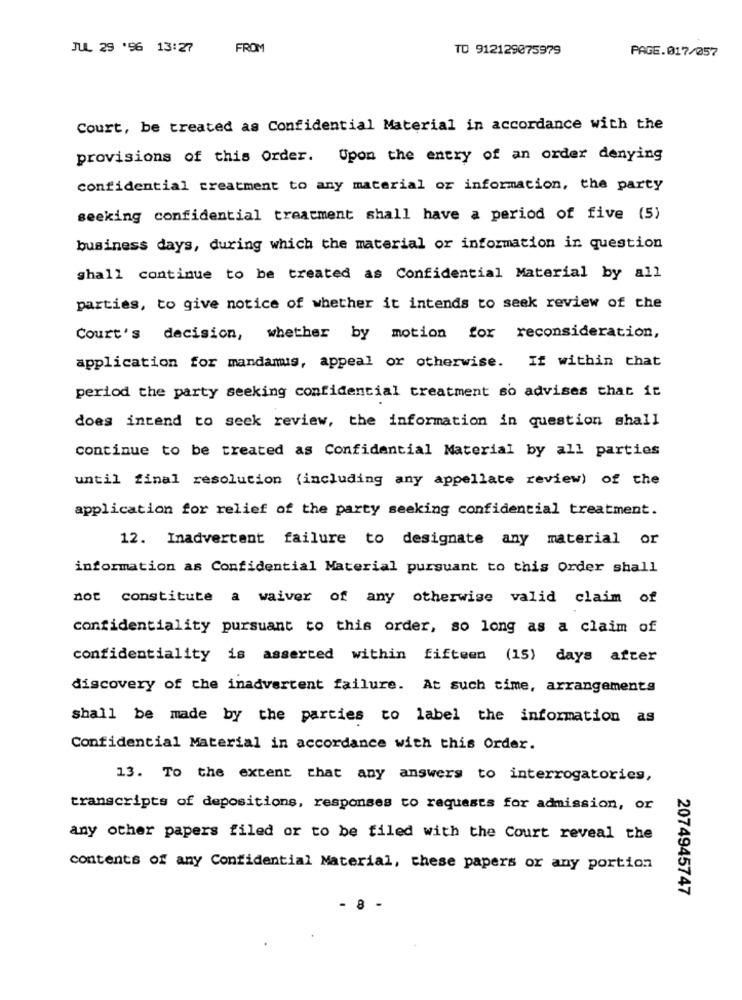
JUL 29 '96 13:27
FROM
TO 912129075979
PAGE.017/257
Court, be treated as Confidential Material in accordance with the
provisions of this Order. Upon the entry of an order denying
confidential treatment to any material or information, the party
seeking confidential treatment shall have a period of five (5)
business days, during which the material or information in question
shall continue to be treated as Confidential Material by all
parties, to give notice of whether it intends to seek review of the
Court's decision, whether by motion for reconsideration,
application for mandamis, appeal or otherwise. If within that
period the party seeking confidential treatment so advises chat it
does intend to seek review, the information in question shall
continue to be treated as Confidential Material by all parties
until final resolution (including any appellate review) of the
application for relief of the party seeking confidential treatment.
12. Inadvertent failure to designate any material or
information as Confidential Material pursuant to this Order shall
not constitute a waiver of any otherwise valid claim of
confidentiality pursuant to this order, so long as a claim of
confidentiality is asserted within fifteen (15) days after
discovery of the inadvertent failure. At such time, arrangements
shall be made by the parties to label the information as
Confidential Material in accordance with this Order.
13. To the extent that any answers to interrogatories,
transcripts of depositions, responses to requests for admission, or
any other papers filed or to be filed with the Court reveal the
contents of any Confidential Material, these papers or any portion
2074945747
- 8 -